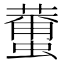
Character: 𮑿